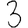
Digit: 3